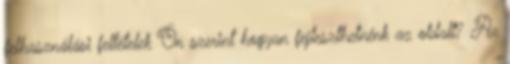
felhasználási feltételek Ön szerint hogyan fejleszthetnénk az oldalt? Az